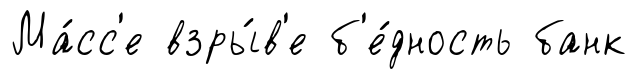
Ма́сс'е взры́в'е б'е́дность банк